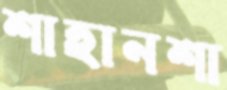
শাহানশা